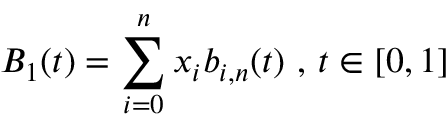
B _ { 1 } ( t ) = \sum _ { i = 0 } ^ { n } x _ { i } b _ { i , n } ( t ) { \mathrm { ~ , ~ } } t \in [ 0 , 1 ]